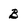
Character: B